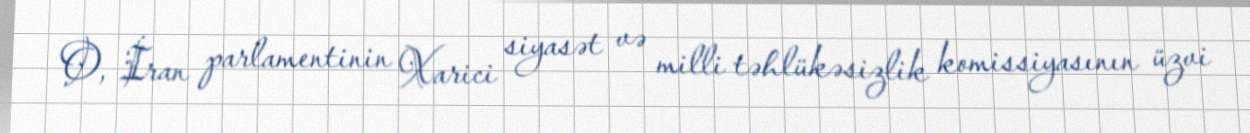
O, İran parlamentinin Xarici siyasət və milli təhlükəsizlik komissiyasının üzvi